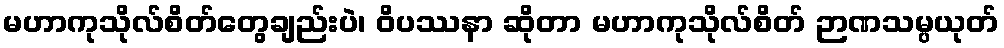
မဟာကုသိုလ်စိတ်တွေချည်းပဲ၊ ဝိပဿနာ ဆိုတာ မဟာကုသိုလ်စိတ် ဉာဏသမ္ပယုတ်